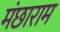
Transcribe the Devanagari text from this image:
मंछाराम